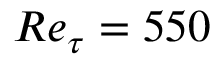
R e _ { \tau } = 5 5 0